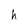
Character: h